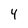
Character: 4